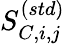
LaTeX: S_{C,i,j}^{(std)}